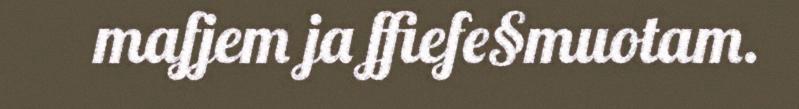
mafjem ja ffiefe§muotam.